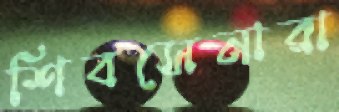
শিবসেনারা